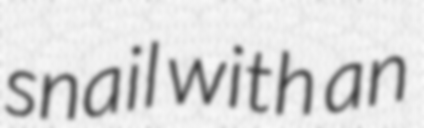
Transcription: snail with an